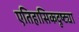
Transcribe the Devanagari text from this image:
एतिहासिकदृष्ट्या